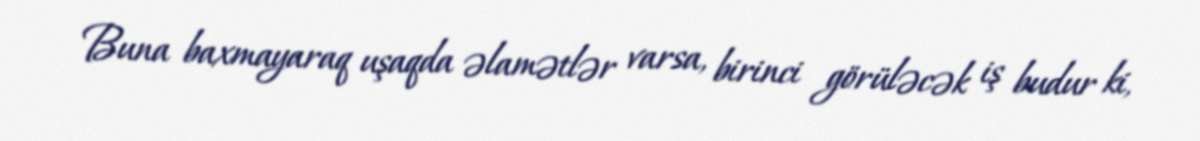
Buna baxmayaraq uşaqda əlamətlər varsa, birinci görüləcək iş budur ki,